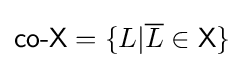
{\textsf {co-X}}=\{L|{\overline {L}}\in {\mathsf {X}}\}